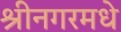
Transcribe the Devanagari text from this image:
श्रीनगरमधे